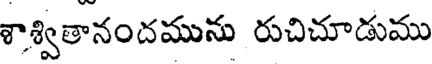
శాశ్వితానందమును రుచిచూడుము